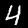
Digit: 4